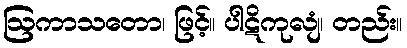
ဩကာသတော၊ ဖြင့်။ ပါဋိကုလျံ၊ တည်း။